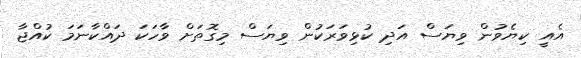
އެއީ ކިޔެވުން ވިޔަސް އަދި ކުޅިވަރަކުން ވިޔަސް މިގޮތަށް ވާހަކަ ދައްކާނަމަ ކުއްޖާ